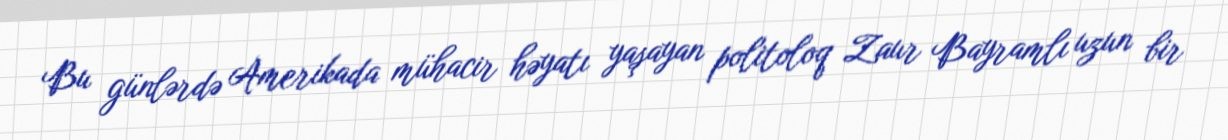
Bu günlərdə Amerikada mühacir həyatı yaşayan politoloq Zaur Bayramlı uzun bir